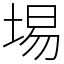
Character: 埸